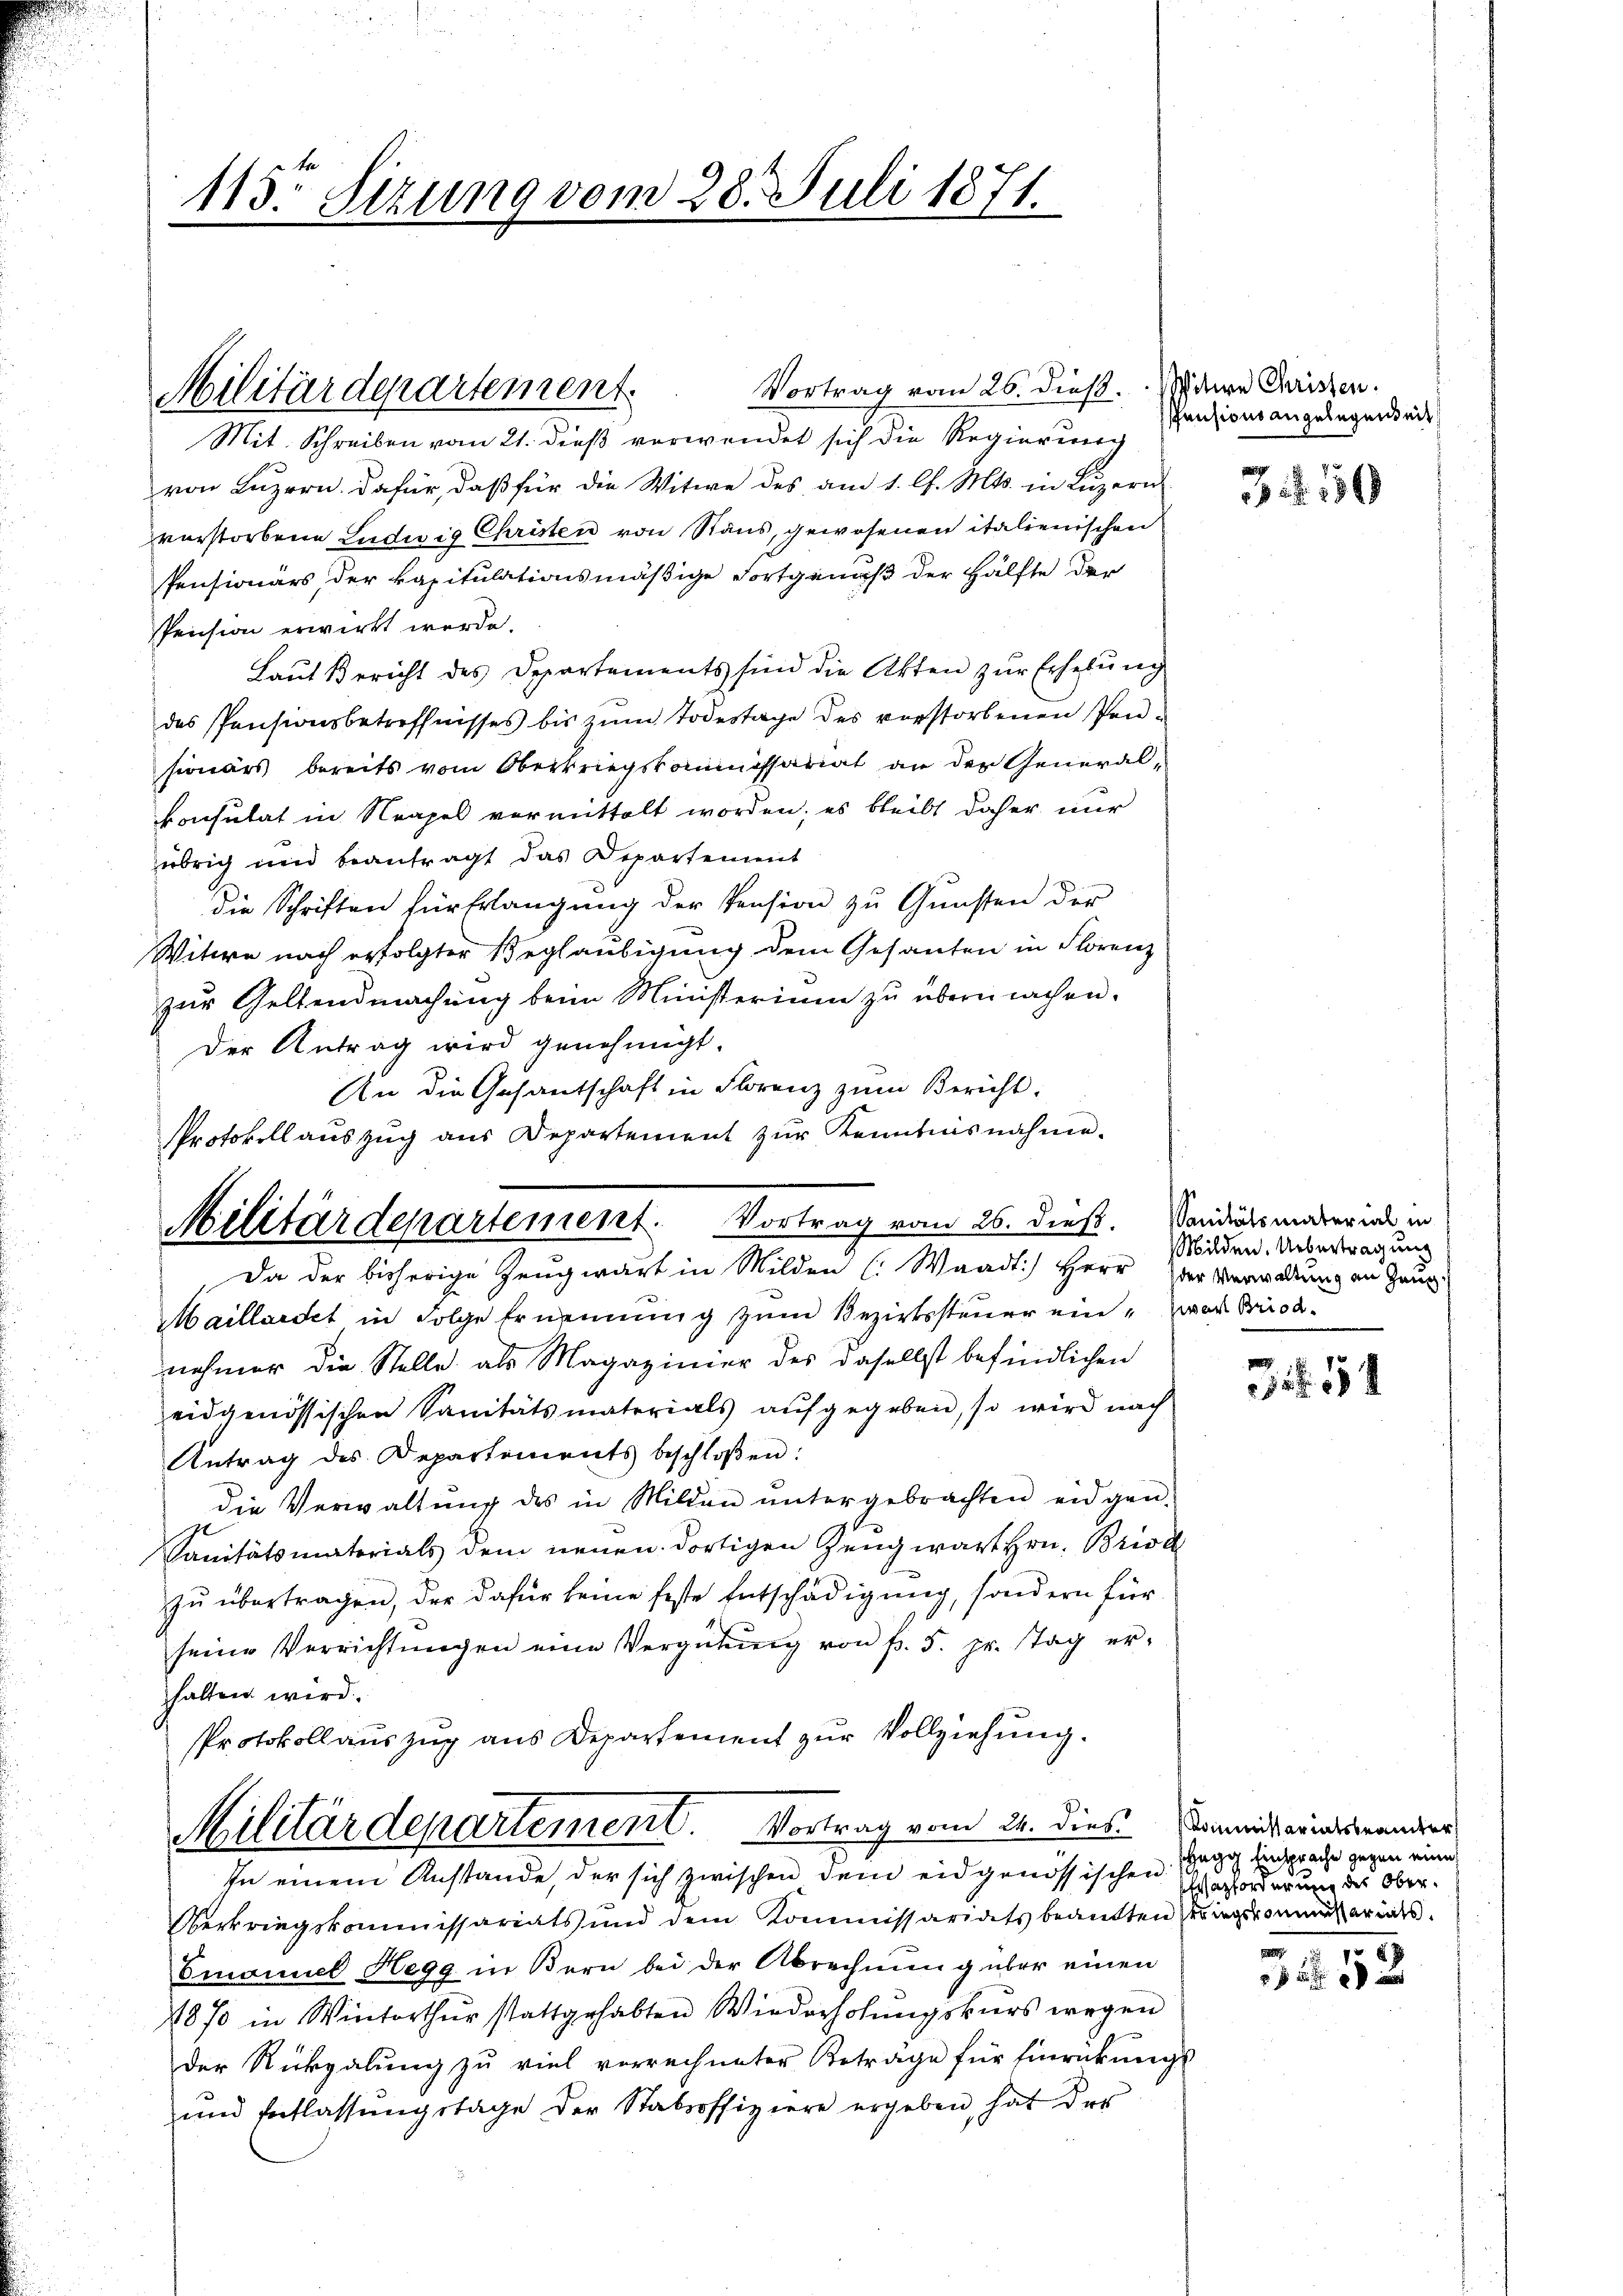
113o Sizung vom 28. Juli 1871.

Mit Schreiben vom 21. dieß verwendet sich die Regierung
von Luzern. Dafür, daß für die Witwe des am 1. l. Mts. in Lŭzern
verstorbene Ludwig Christen von Stans, gewesenen italienischen
Pensionärs, der kapitulationsmäßige Fortgenuß der Hälfte der
Pension erwirkt werde.
Laut Bericht des Departements sind die Akten zur Erhebung
des Pensionsbetreffnisses bis zum Todestage des verstorbenen Pensionärs bereits vom Oberkriegskommissariat an der General-
onsulat in Neapel vermittelt worden; es bleibt daher nur
übrig und beantragt das Departement
die Schriften für Erlangung der Pension zu Gunsten der
Witwe nach erfolgter Beglaubigung dem Gesanten in Florenz
zur Geltendmachung beim Ministerium zu übermachen.
Der Antrag wird genehmigt.
An die Gesantschaft in Florenz zum Bericht:
Protokollauszug aus Departement zur Kenntnisnahme.

Militärdepartement.

Militärdepartement. Vortrag vom 26. dieß. Sandsmaterial in
Da der bisherige Zeugwart in Milden (Waadt) Herr Der Verwaltung an Haup

Vortrag vom 25 dieß. Pitire Christen.

Maillaidet in Folge Ernennung zum Bezirkssteuer ein - war Brod-
nehmer die Stelle als Magazinier des daselbst befindlichen
eidgenössischen Sanitätsmaterials aufgegeben, so wird nach
Antrag des Departements beschloßen:
die Verwaltŭng des in Milden ŭntergebrachten eidgen.
Sanitätsmatorials dem neuen dortigen Zeug wart Hrn. Brisc
zŭ übertragen, der dafür keine feste Entschädigŭng, sondern für
seine Verrichtŭngen eine Vergütŭng von fr. 5. pr. stag er-
halten wird.
Protokollauszug aus Departement zur Vollziehung.
Militärdepartement. Vortrag vom 24. dies. Damitarismander
In einem Anstande, der sich zwischen dem eidgenössischen Prag insprache gegen eine
Verkriegskommissariats und dem Kommissaridits beantten eingekommißariats¬
Emanuel Hegg in Bern bei der Abrechnŭng über einen
1870 in Winterthŭr stattgehabten Wiederholŭngskŭrs wegen
der Rückgabung zu viel verrechneter Beträge für Einrückungs-
und Entlassŭngstage der Stabsoffiziere ergeben, hat der

Pensions angelegenheit

3.50

Milden. Übertragung

1
 554

Wazforderung des Ober¬

1
 552